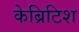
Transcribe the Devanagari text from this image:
केब्रिटिश